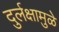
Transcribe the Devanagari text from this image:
दुर्लक्षामुळे